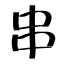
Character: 串